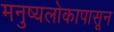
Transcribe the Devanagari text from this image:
मनुष्यलोकापासून